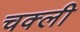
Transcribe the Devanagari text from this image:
चक्ली